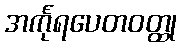
အင်္ကုရပေတဝတ္ထု